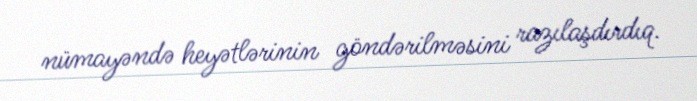
nümayəndə heyətlərinin göndərilməsini razılaşdırdıq.